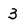
Character: 3